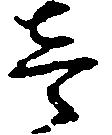
壱